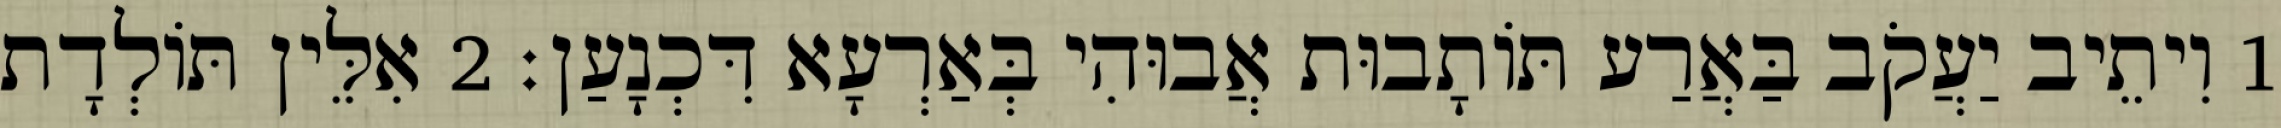
1 וִיתֵיב יַעֲקֹב בַּאֲרַע תּוֹתָבוּת אֲבוּהִי בְּאַרְעָא דִּכְנָעַן׃ 2 אִלֵּין תּוֹלְדָת